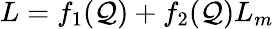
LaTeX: L=f_{1}(\mathcal{Q})+f_{2}(\mathcal{Q})L_{m}